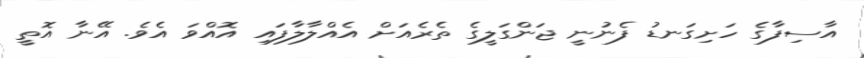
އާސިފާގެ ހަށިގަނޑު ފެނުނީ ޖަންގަލީގެ ތެރެއަށް އެއްލާލާފައި އޮއްވަ އެވެ. އޭނާ އޮތީ